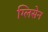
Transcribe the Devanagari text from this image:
ग्लिसेन